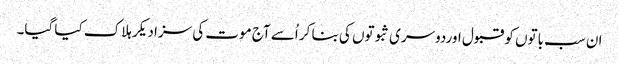
ان سب باتوں کو قبول اوردوسری ثبوتوں کی بنا کر اُسے آج موت کی سزا دیکر ہلاک کیا گیا۔